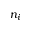
n _ { i }